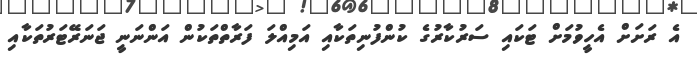
އެ ރަށަށް އެހީވުމަށް ޓަކައި ސަރުކާރުގެ ކުންފުނިތަކާއި އަމިއްލަ ފަރާތްތަކުން އަންނަނީ ޖަނަރޭޓަރުތަކާއި